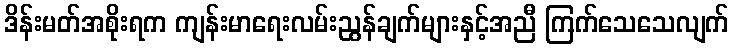
ဒိန်းမတ်အစိုးရက ကျန်းမာရေးလမ်းညွန်ချက်များနှင့်အညီ ကြက်သေသေလျက်